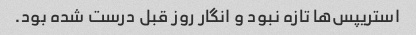
استریپس‌ها تازه نبود و انگار روز قبل درست شده بود.